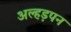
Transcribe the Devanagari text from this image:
अल्हड़पन